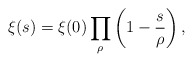
\begin{align*} \xi(s)=\xi(0)\prod_\rho \left(1-\frac{s}{\rho}\right),\end{align*}